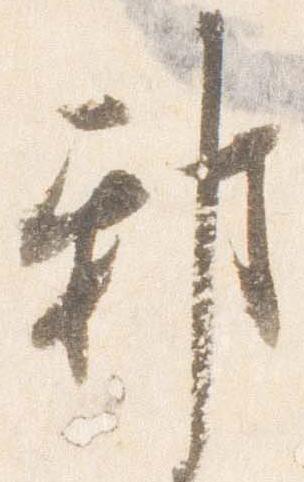
邪